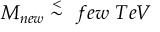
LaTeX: M _ { n e w } \stackrel { < } { \sim } \ f e w \ T e V